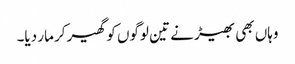
وہاں بھی بھیڑ نے تین لوگوں کو گھیر‌کر مار دیا۔